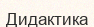
Дидактика